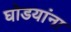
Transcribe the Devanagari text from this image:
घोडयांना